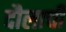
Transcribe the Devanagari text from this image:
दौलाची